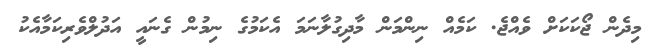
މިދެން ޖޯކަކަށް ވެއްޖެ. ކަމެއް ނިންމަން މާދިގުލާނަމަ އެކަމުގެ ނިމުން ގެނައީ އަދުލްވެރިކަމާއެކު